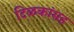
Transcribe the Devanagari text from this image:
टिळकांसह